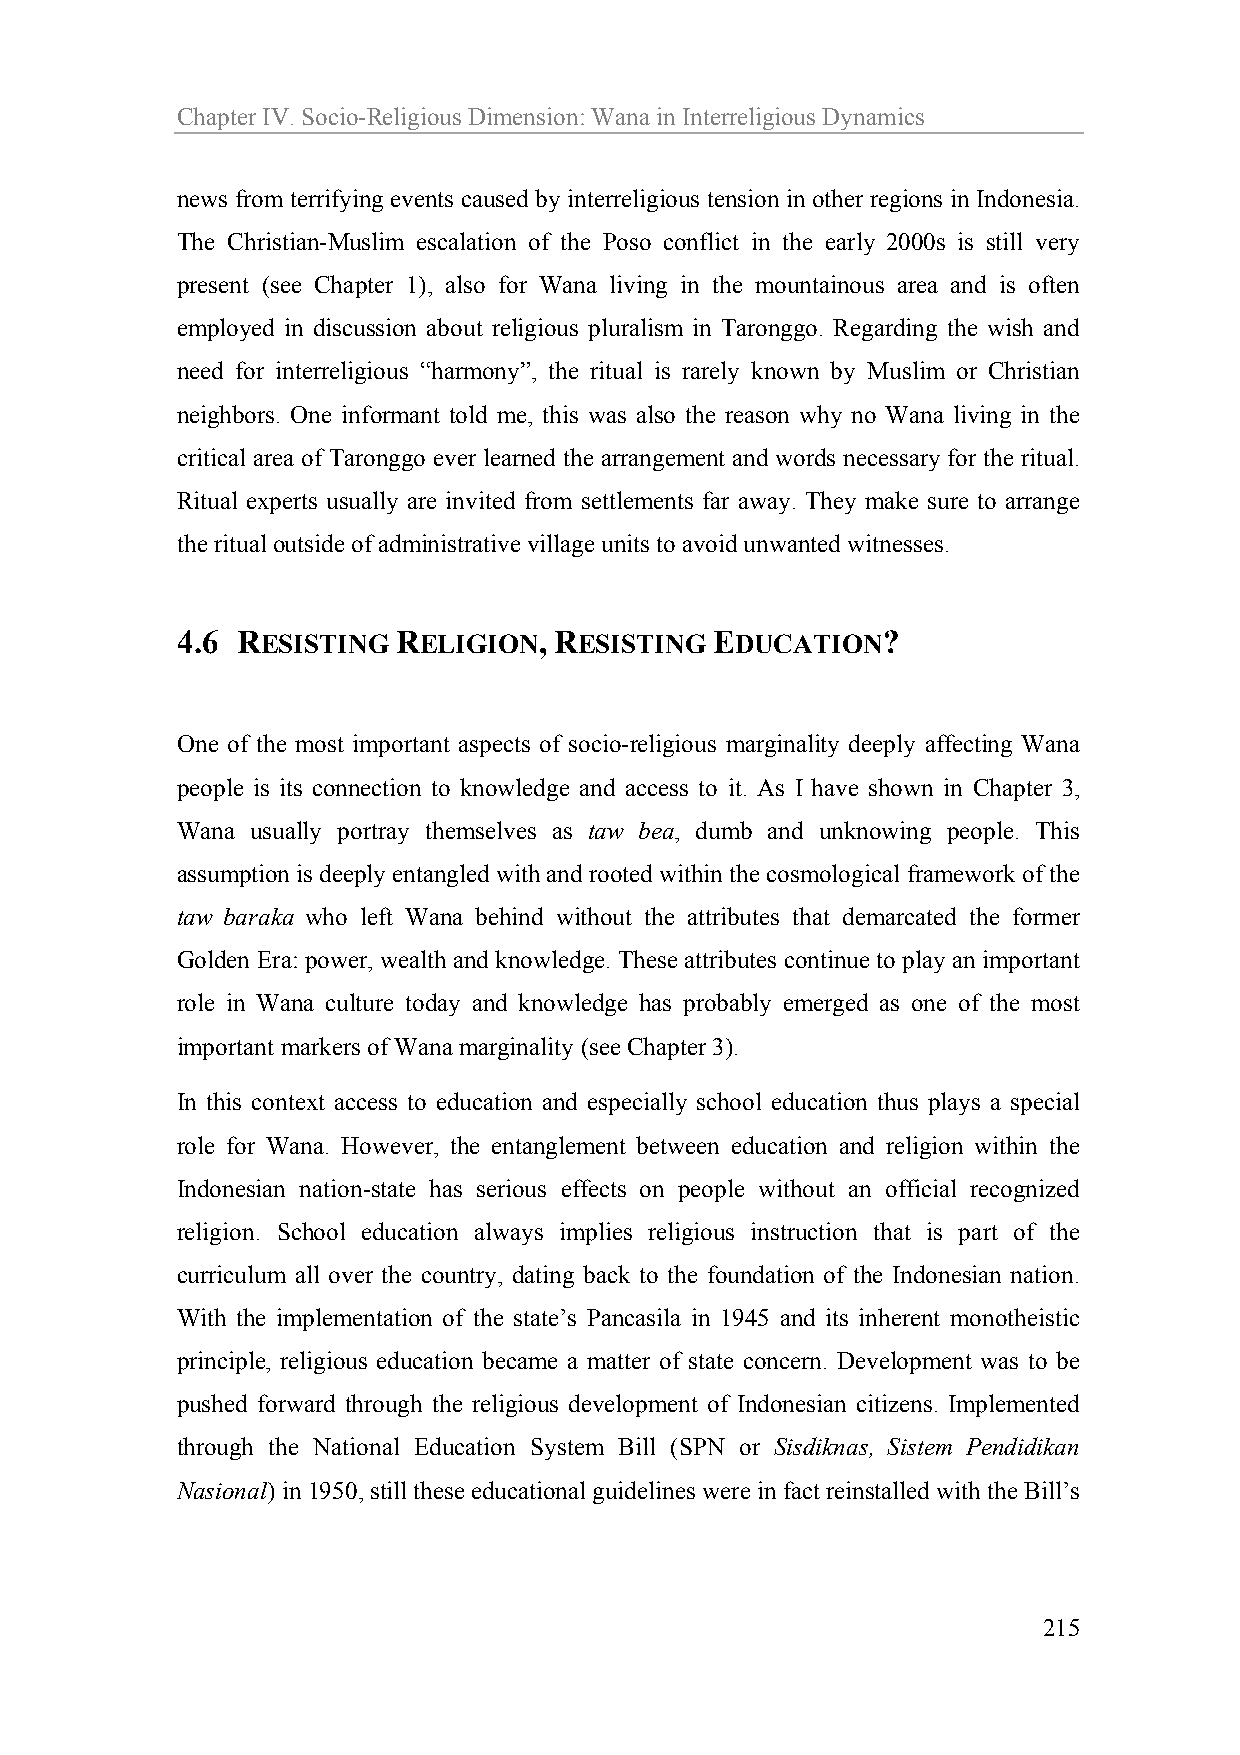
Chapter IV. Socio-Religious Dimension: Wana in Interreligious Dynamics
 news from terrifying events caused by interreligious tension in other regions in Indonesia.
 The Christian-Muslim escalation of the Poso conflict in the early 2000s is still very
 present (see Chapter 1), also for Wana living in the mountainous area and is often
 employed in discussion about religious pluralism in Taronggo. Regarding the wish and
 need for interreligious “harmony”, the ritual is rarely known by Muslim or Christian
 neighbors. One informant told me, this was also the reason why no Wana living in the
 critical area of Taronggo ever learned the arrangement and words necessary for the ritual.
 Ritual experts usually are invited from settlements far away. They make sure to arrange
 the ritual outside of administrative village units to avoid unwanted witnesses.
 4.6 RESISTING RELIGION,  RESISTING EDUCATION?
 One of the most important aspects of socio-religious marginality deeply affecting Wana
 people is its connection to knowledge and access to it. As I have shown in Chapter 3,
 Wana usually portray themselves as taw bea, dumb and unknowing people. This
 assumption is deeply entangled with and rooted within the cosmological framework of the
 taw baraka who left Wana behind without the attributes that demarcated the former
 Golden Era: power, wealth and knowledge. These attributes continue to play an important
 role in Wana culture today and knowledge has probably emerged as one of the most
 important markers of Wana marginality (see Chapter 3).
 In this context access to education and especially school education thus plays a special
 role for Wana. However, the entanglement between education and religion within the
 Indonesian nation-state has serious effects on people without an official recognized
 religion. School education always implies religious instruction that is part of the
 curriculum all over the country, dating back to the foundation of the Indonesian nation.
 With the implementation of the state’s Pancasila in 1945 and its inherent monotheistic
 principle, religious education became a matter of state concern. Development was to be
 pushed forward through the religious development of Indonesian citizens. Implemented
 through the National Education System Bill (SPN or Sisdiknas, Sistem Pendidikan
 Nasional) in 1950, still these educational guidelines were in fact reinstalled with the Bill’s
 215